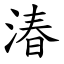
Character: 湷